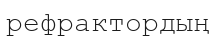
рефрактордың